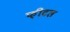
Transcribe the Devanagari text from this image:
फ़ीटल